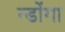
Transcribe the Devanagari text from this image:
न्डोंगा